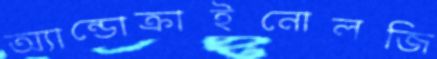
অ্যান্ডোক্রাইনোলজি